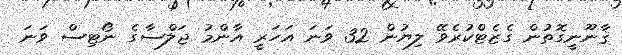
ޤާނޫނީގޮތުން ގެޒެޓްކުރެވޭ ލިޔުން 32 ވަނަ އަހަރީ އާންމު ޖަލްސާގެ ނޯޓިސް ވަނަ